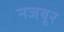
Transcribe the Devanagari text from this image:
नजबूर